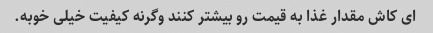
ای کاش مقدار غذا به قیمت رو بیشتر کنند وگرنه کیفیت خیلی خوبه.